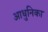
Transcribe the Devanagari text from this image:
आधुनिका